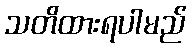
သတိထားရပါမည်